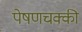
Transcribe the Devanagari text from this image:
पेषणचक्की